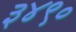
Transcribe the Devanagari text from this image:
३४९०